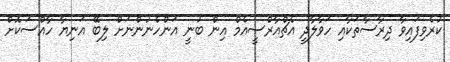
ކުރެވިފައިވާ ދިރާސާތަކާއި ހަވާލާދީ އެޗްއާރްސީއެމް އިން ބުނީ އަންހެނުންނަށް ލިބޭ އަނިޔާ ހާއްސަކޮށް